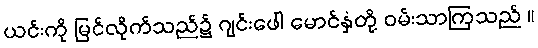
ယင်းကို မြင်လိုက်သည်၌ ဂျင်းဖေါ မောင်နှံတို့ ဝမ်းသာကြသည် ။